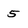
Character: 5